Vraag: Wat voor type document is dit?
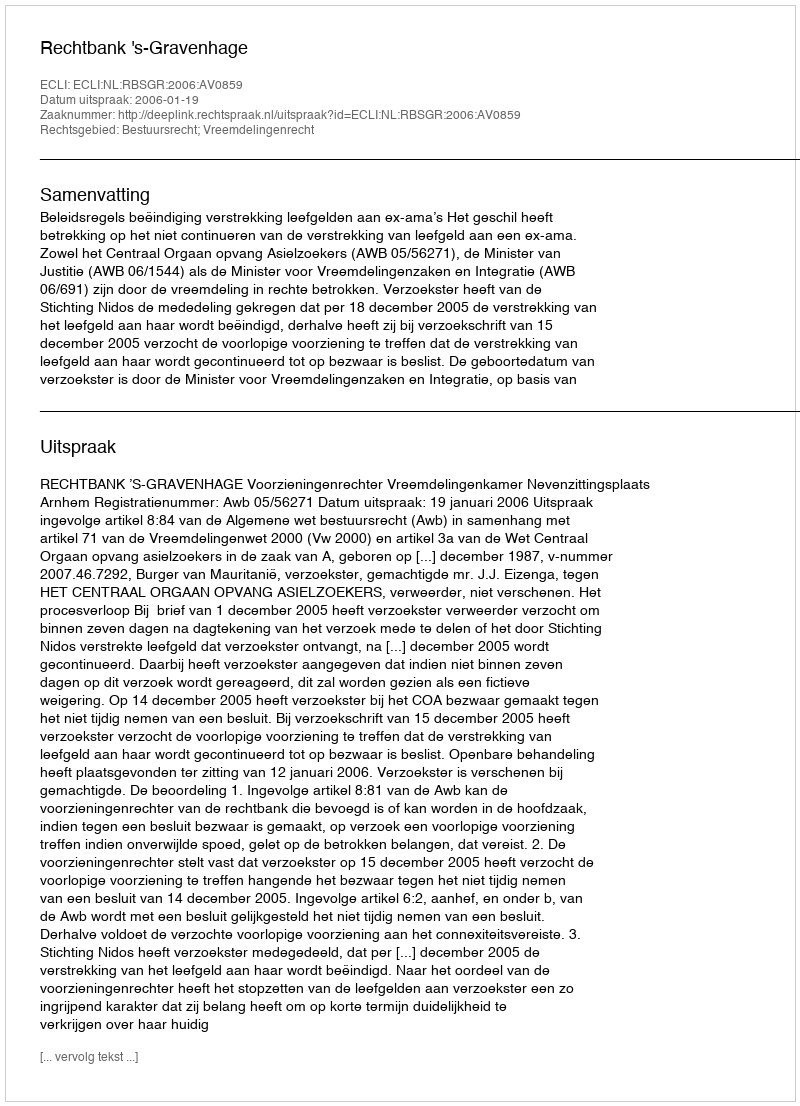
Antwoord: Uitspraak